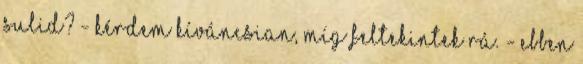
sulid? - kérdem kíváncsian, míg feltekintek rá. - Ebben